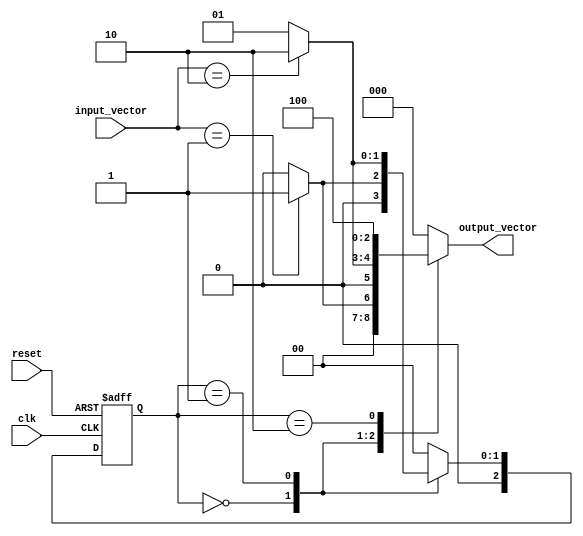
module mealy_fsm (
    input wire clk,               // Clock signal
    input wire reset,             // Asynchronous reset
    input wire [M-1:0] input_vector, // Input vector (M bits)
    output reg [N-1:0] output_vector // Output vector (N bits)
);

// Parameters for state encoding
parameter N = 3; // Number of bits for state representation
parameter M = 2; // Number of bits for input representation

// State encoding
localparam STATE_A = 3'b000;
localparam STATE_B = 3'b001;
localparam STATE_C = 3'b010;

// State register
reg [N-1:0] current_state, next_state;

// State transition logic
always @(*) begin
    case (current_state)
        STATE_A: begin
            if (input_vector == 2'b01) begin
                next_state = STATE_B;
                output_vector = 3'b001; // Output for transition from A to B
            end else begin
                next_state = STATE_A;
                output_vector = 3'b000; // Output remains the same
            end
        end
        
        STATE_B: begin
            if (input_vector == 2'b10) begin
                next_state = STATE_C;
                output_vector = 3'b010; // Output for transition from B to C
            end else begin
                next_state = STATE_B;
                output_vector = 3'b001; // Output remains the same
            end
        end
        
        STATE_C: begin
            next_state = STATE_A; // Transition back to A
            output_vector = 3'b100; // Output for transition from C to A
        end
        
        default: begin
            next_state = STATE_A; // Default state
            output_vector = 3'b000; // Default output
        end
    endcase
end

// Sequential logic for state storage
always @(posedge clk or posedge reset) begin
    if (reset) begin
        current_state <= STATE_A; // Reset to initial state
    end else begin
        current_state <= next_state; // Update state
    end
end

endmodule